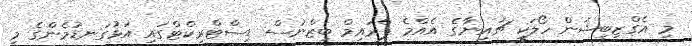
މި އެގްޒިބިޝަން ހޯލަކީ ޗައިނާގެ އެއްމެ ޕްރައިމް ބިޒްނަސް ޑިސްޓްރިކްޓްގައި އަޅުގަނޑުމެންގެ މި